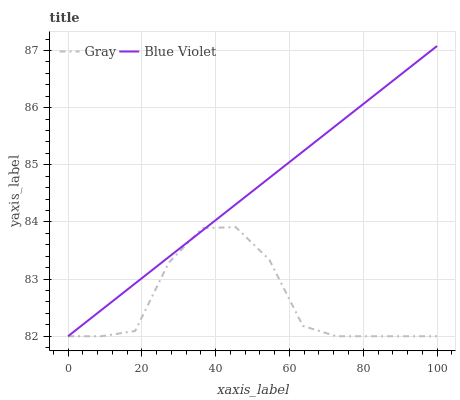
| xaxis_label | Gray | Blue Violet |
 | --- | --- | --- |
 | 0 | 82 | 82 |
 | 9.09 | 82 | 82.5 |
 | 18.2 | 82.1 | 82.9 |
 | 27.3 | 83.3 | 83.4 |
 | 36.4 | 83.9 | 83.8 |
 | 45.5 | 83.9 | 84.3 |
 | 54.5 | 83.3 | 84.8 |
 | 63.6 | 82.2 | 85.2 |
 | 72.7 | 82 | 85.7 |
 | 81.8 | 82 | 86.2 |
 | 90.9 | 82 | 86.6 |
 | 100 | 82 | 87.1 |